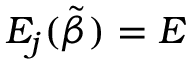
E _ { j } ( \tilde { \beta } ) = E